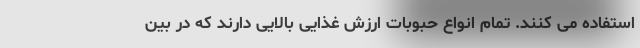
استفاده می کنند. تمام انواع حبوبات ارزش غذایی بالایی دارند که در بین